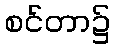
စင်တာ၌